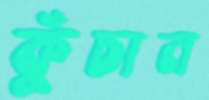
কুঁচান